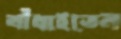
বাঁধাইতেন